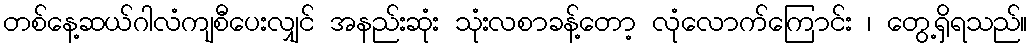
တစ်နေ့ဆယ်ဂါလံကျစီပေးလျှင် အနည်းဆုံး သုံးလစာခန့်တော့ လုံလောက်ကြောင်း ၊ တွေ့ရှိရသည်။